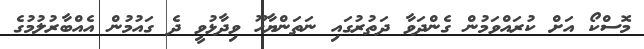
މޮސްކޯ އަށް ކުރައްވަމުން ގެންދަވާ ދަތުރުގައި ނަތަންޔާހޫ ވިދާޅުވީ ދެ ގައުމުން އެއްބާރުލުމުގެ